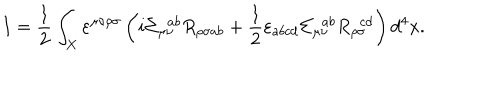
LaTeX: I = \frac { 1 } { 2 } \int _ { X } \varepsilon ^ { \mu \nu \rho \sigma } \left( i \Sigma _ { \mu \nu } ^ { \ \ a b } R _ { \rho \sigma a b } + \frac { 1 } { 2 } \varepsilon _ { a b c d } \Sigma _ { \mu \nu } ^ { \ \ a b } R _ { \rho \sigma } ^ { \ \ c d } \right) d ^ { 4 } x .